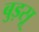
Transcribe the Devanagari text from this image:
बुड़सू